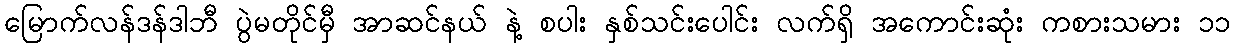
မြောက်လန်ဒန်ဒါဘီ ပွဲမတိုင်မှီ အာဆင်နယ် နဲ့ စပါး နှစ်သင်းပေါင်း လက်ရှိ အကောင်းဆုံး ကစားသမား ၁၁